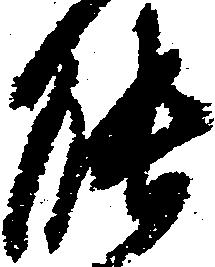
能